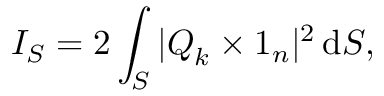
I _ { S } = 2 \int _ { S } | \boldsymbol { Q } _ { k } \times \boldsymbol { 1 } _ { n } | ^ { 2 } \, \mathrm { d } S ,